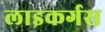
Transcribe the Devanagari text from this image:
लाइकर्गस